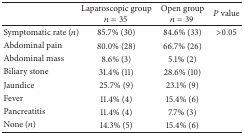
<table><thead><tr><td><b> </b></td><td><b>Laparoscopic group <i>n</i> = 35</b></td><td><b>Open group <i>n</i> = 39</b></td><td><b><i>P</i> value</b></td></tr></thead><tbody><tr><td>Symptomatic rate (<i>n</i>)</td><td>85.7% (30)</td><td>84.6% (33)</td><td>&gt;0.05</td></tr><tr><td>Abdominal pain</td><td>80.0% (28)</td><td>66.7% (26)</td><td> </td></tr><tr><td>Abdominal mass</td><td>8.6% (3)</td><td>5.1% (2)</td><td> </td></tr><tr><td>Biliary stone</td><td>31.4% (11)</td><td>28.6% (10)</td><td> </td></tr><tr><td>Jaundice</td><td>25.7% (9)</td><td>23.1% (9)</td><td> </td></tr><tr><td>Fever</td><td>11.4% (4)</td><td>15.4% (6)</td><td> </td></tr><tr><td>Pancreatitis</td><td>11.4% (4)</td><td>7.7% (3)</td><td> </td></tr><tr><td>None (<i>n</i>)</td><td>14.3% (5)</td><td>15.4% (6)</td><td> </td></tr></tbody></table>